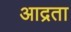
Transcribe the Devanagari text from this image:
आद्रता